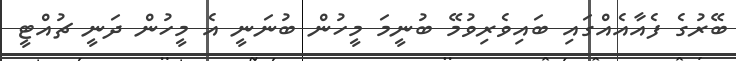
ބޭރުގެ ފެއާއެއްގައި ބައިވެރިވުމޭ ބުނީމަ މީހުން ބުނަނީ އެ މީހުން ދަނީ ޗުއްޓީ